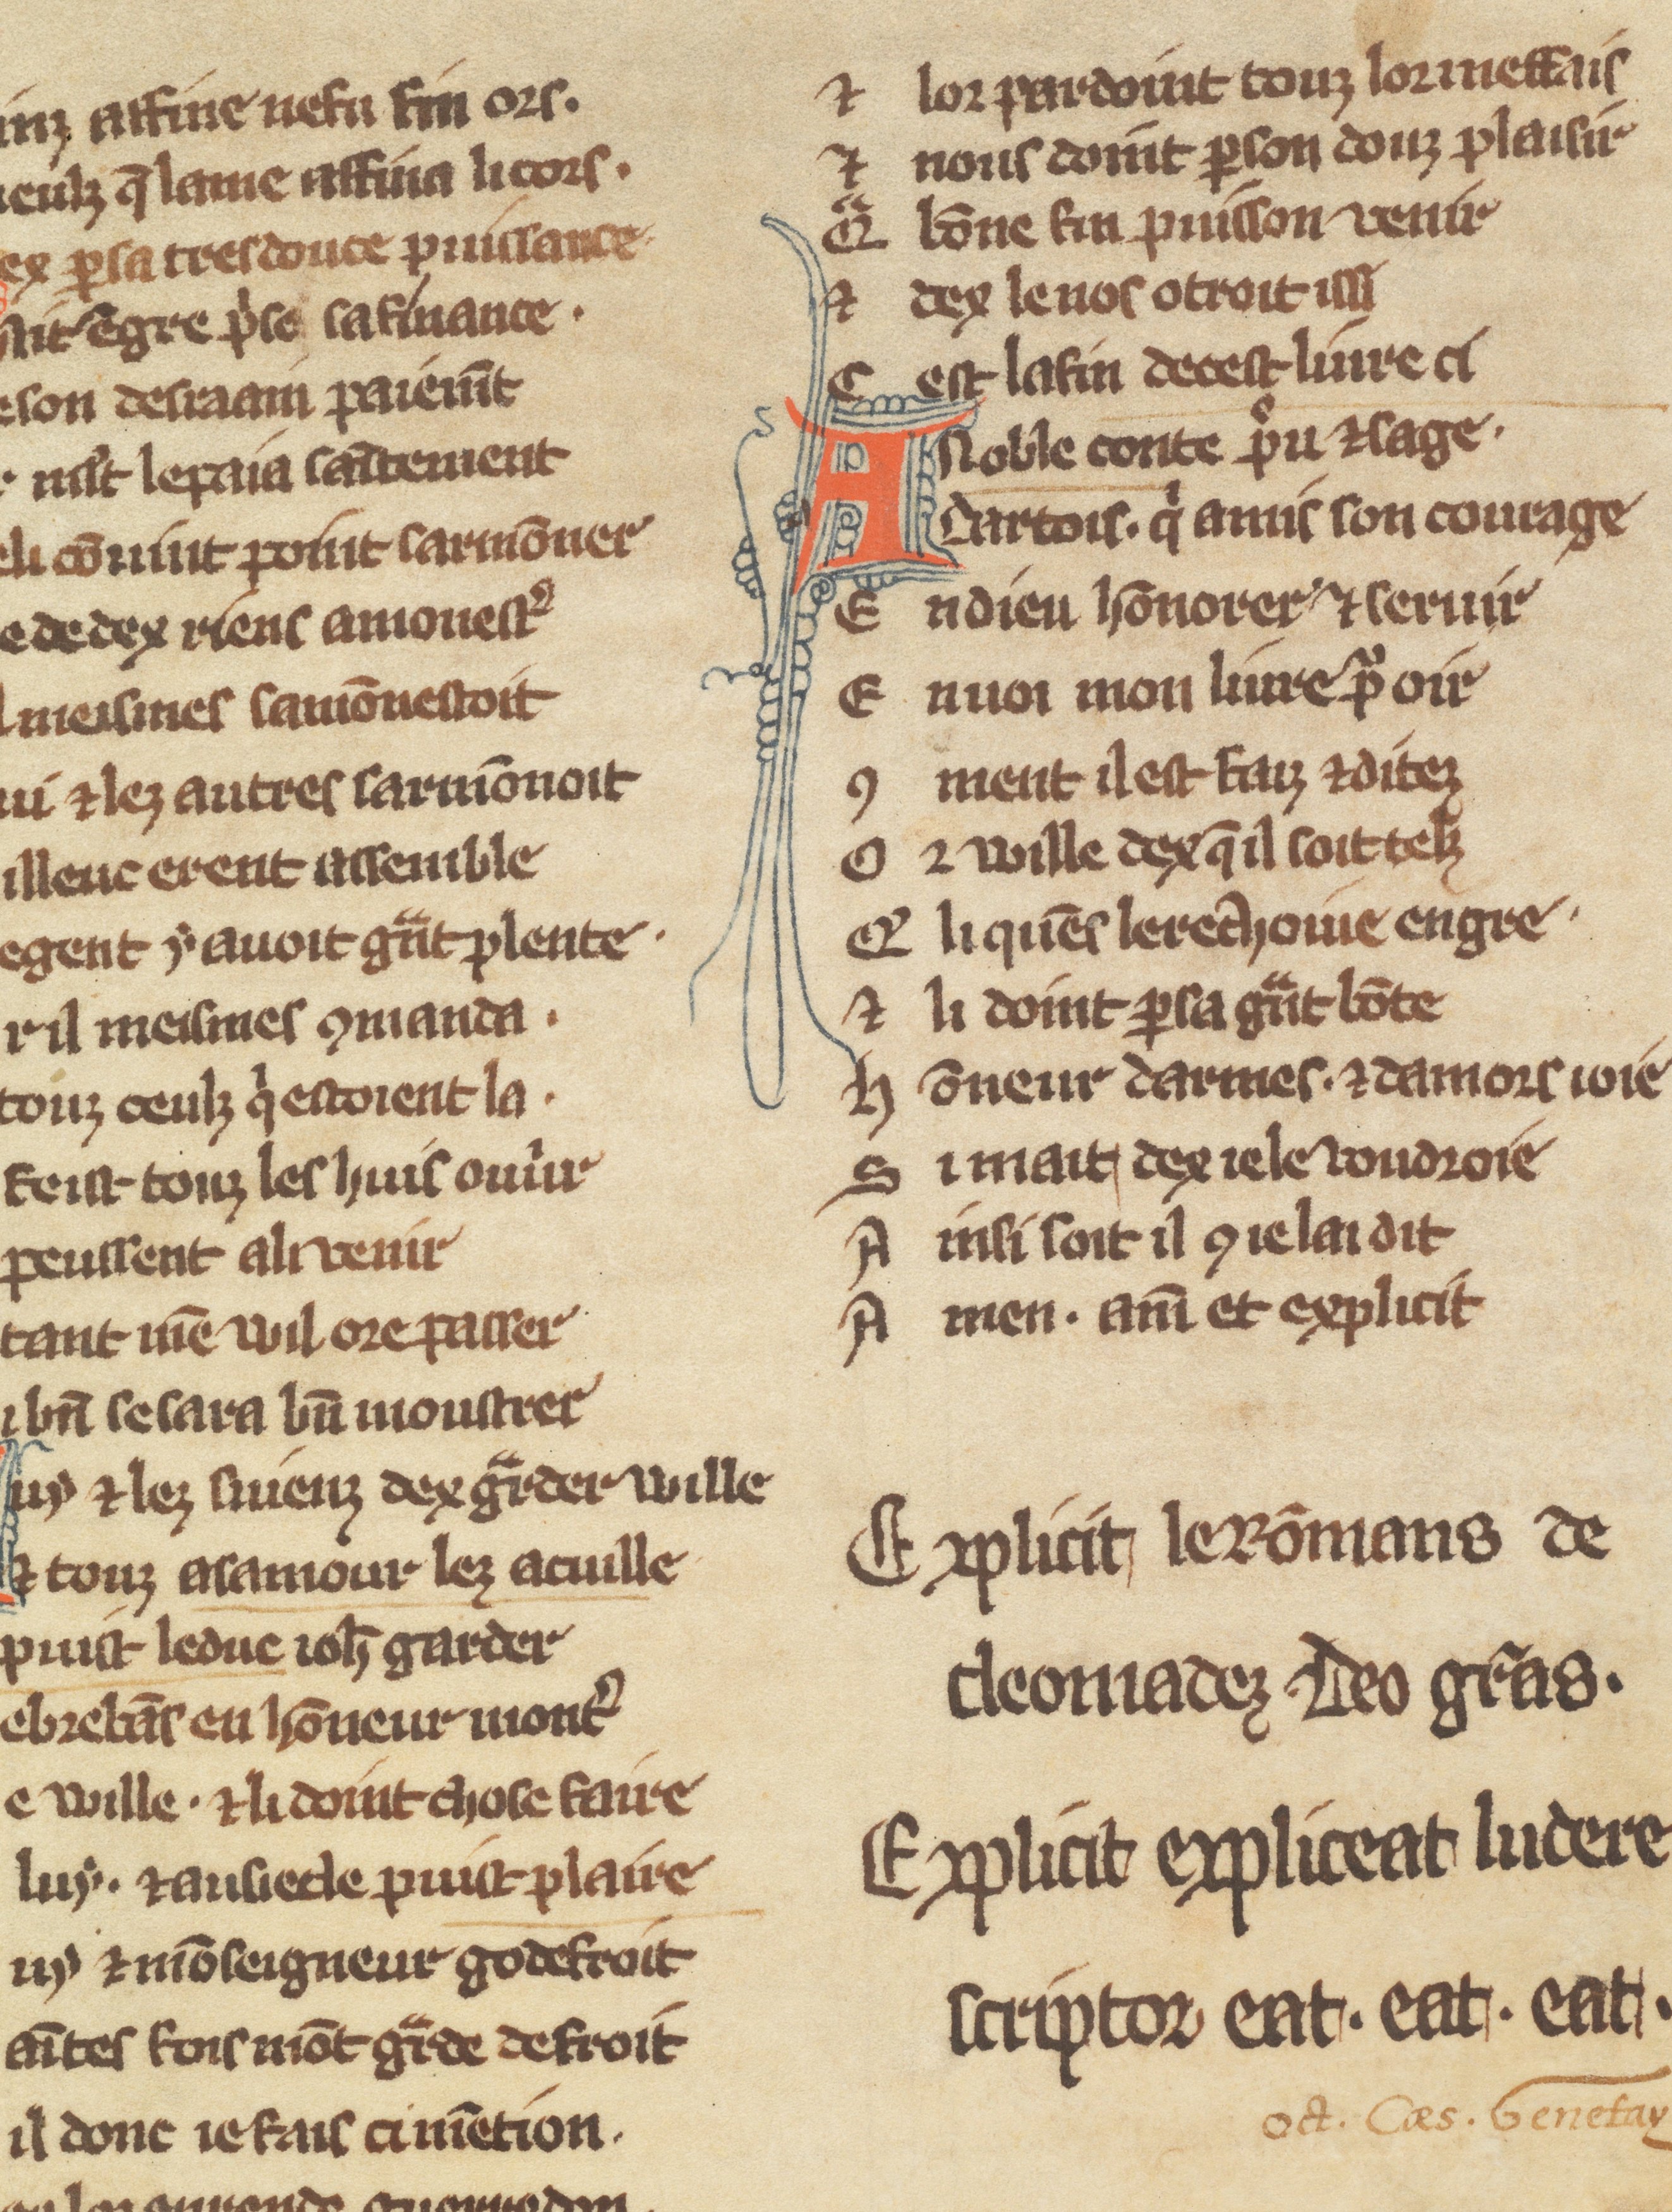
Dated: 1270–1299